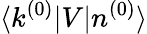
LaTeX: \langle k^{(0)}|V|n^{(0)}\rangle